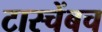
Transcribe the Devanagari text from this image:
टास्चेंबच